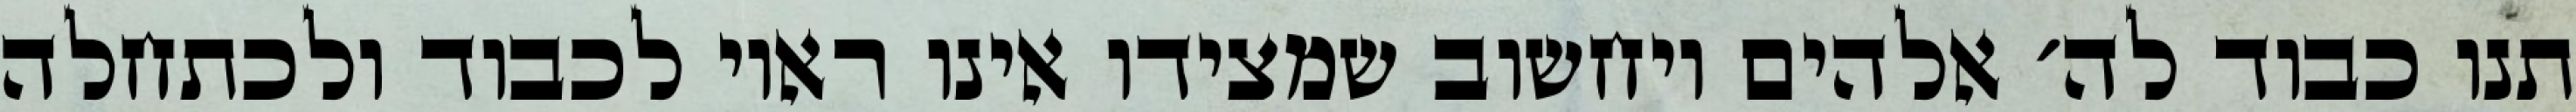
תנו כבוד לה׳ אלהים ויחשוב שמצידו אינו ראוי לכבוד ולכתחלה